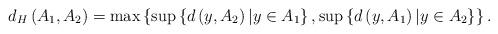
LaTeX: \begin{align*}d_{H}\left(A_{1},A_{2}\right)=\max\left\{ \sup\left\{ d\left(y,A_{2}\right)|y\in A_{1}\right\} ,\sup\left\{ d\left(y,A_{1}\right)|y\in A_{2}\right\} \right\} .\end{align*}